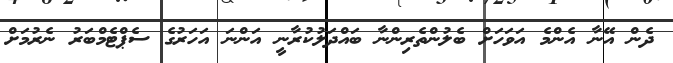
ދެން އޭނާ އެންމެ އަވަހަށް ބެލުންތެރިންނާ ބައްދަލުކުރާނީ އަންނަ އަހަރުގެ ސެޕްޓެމްބަރު ނެރުމަށް